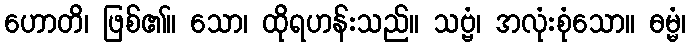
ဟောတိ၊ ဖြစ်၏။ သော၊ ထိုရဟန်းသည်။ သဗ္ဗံ၊ အလုံးစုံသော။ ဓမ္မံ၊